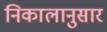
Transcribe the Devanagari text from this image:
निकालानुसार